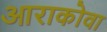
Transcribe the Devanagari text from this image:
आराकोवा